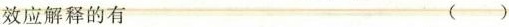
效应解释的有（）